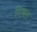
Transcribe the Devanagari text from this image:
मिथल